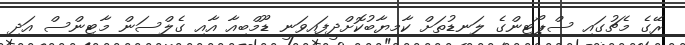
ރޭގެ މެޗުގައި ސްޕޯޓިންގެ ލަނޑުތަށް ކާމިޔާބުކޮށްދީފައިވަނީ ޑޫމްބިއާ އާއި ގެލްސަން މާޓިންސް އަދި